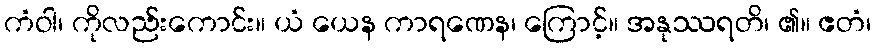
ကံဝါ၊ ကိုလည်းကောင်း။ ယံ ယေန ကာရဏေန၊ ကြောင့်။ အနုဿရတိ၊ ၏။ ဧတံ၊